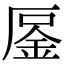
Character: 𠪒